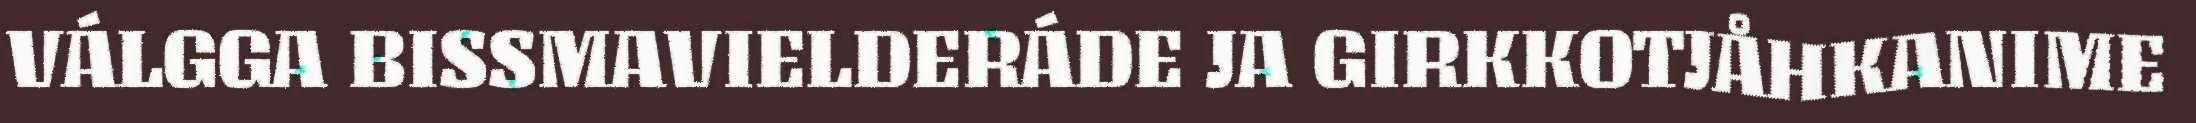
VÁLGGA BISSMAVIELDERÁDE JA GIRKKOTJÅHKANIME